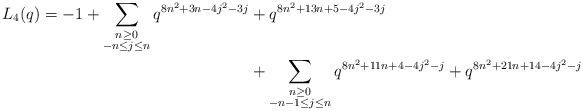
\begin{align*} \begin{aligned}L_4(q) = -1 + \sum_{\substack{n \geq 0 \\ -n \leq j \leq n}} q^{8n^2 + 3n - 4j^2 - 3j} & + q^{8n^2 + 13n + 5- 4j^2-3j} \\& + \sum_{\substack{n \geq 0 \\ -n-1 \leq j \leq n}} q^{8n^2 + 11n + 4 - 4j^2 -j} + q^{8n^2 + 21n + 14 - 4j^2 -j}\end{aligned}\end{align*}